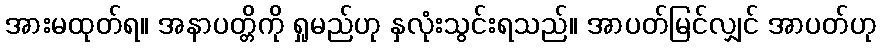
အားမထုတ်ရ။ အနာပတ္တိကို ရှုမည်ဟု နှလုံးသွင်းရသည်။ အာပတ်မြင်လျှင် အာပတ်ဟု